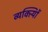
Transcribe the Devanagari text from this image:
व्यक्त्याेिं